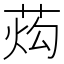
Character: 𰱙